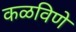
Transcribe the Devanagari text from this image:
कळविणे